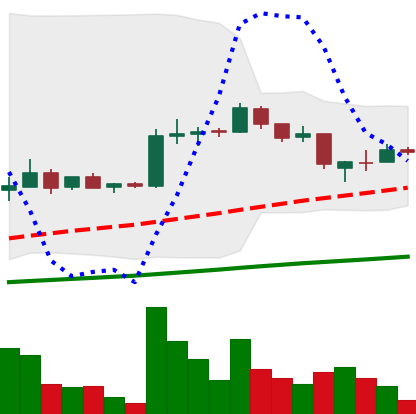
Ticker: LTC-USD
Chart end date: 2015-08-05
Forward return: -9.205%
Label: down_7plus